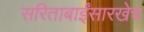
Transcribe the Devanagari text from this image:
सरिताबाईंसारखेच